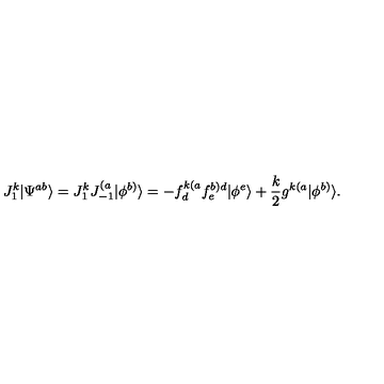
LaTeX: J _ { 1 } ^ { k } | \Psi ^ { a b } \rangle = J _ { 1 } ^ { k } J _ { - 1 } ^ { ( a } | \phi ^ { b ) } \rangle = - f _ { d } ^ { k ( a } f _ { e } ^ { b ) d } | \phi ^ { e } \rangle + { \frac { k } { 2 } } g ^ { k ( a } | \phi ^ { b ) } \rangle .